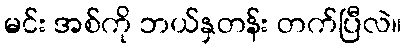
မင်း အစ်ကို ဘယ်နှတန်း တက်ပြီလဲ။